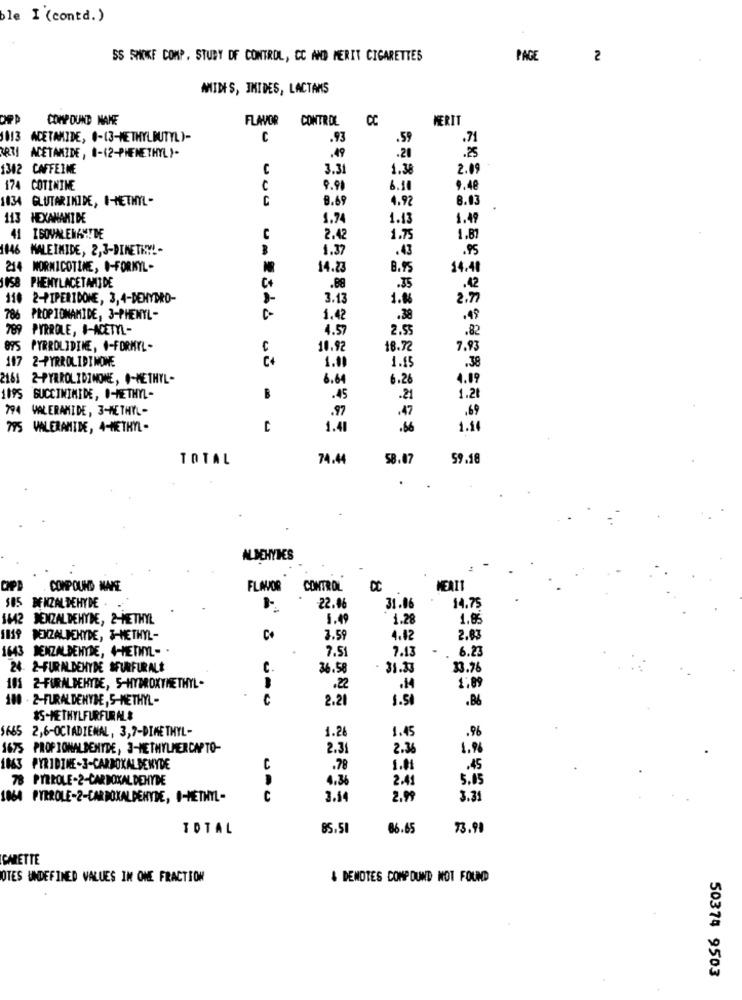
ble I (contd.)
SS SMOKE COMP. STUDY OF CONTROL, CC AND MERIT CIGARETTES
PAGE
2
AIDES, IMIDES, LACTANS
COMP OUND NAME
FLAVOR CONTROL
CC
MERIT
1013
ACETAMIDE, 0-13-METHYLBUTYL)-
C
.93
.59
.71
RTI ACETAMIDE, 0-(2-PHENETHYL)-
.49
.20
.25
1342 CAFFEINE
C
3.3
1.3
2.09
174 COTININE
C
9.90
6.10
9.48
1034 GLUTARINIDE, I-METHYL-
C
B.69
4.9
8.03
113 HEXANAMIDE
1.74
1.12
1.49
C
2.42
1.7
1.87
1146 MALEIMIDE, 2,3-DIMETHY !-
1.37
.43
.95
214 MORNICOTINE, O-FORKYL-
14.23
8.95
14.40
ISB PHENYLACETAMIDE
C+
.88
.35
.42
110 2-PIPERIDONE, 3,4-DEHYDRO-
3.13
1.8
2.7
786 PROPIOMAMIDE, 3-PHENYL-
1.42
.38
.49
789 PYRROLE, #-ACETYL-
4.57
2.5
.82
895 PYRROLIDINE, 4-FORMEL -
10.92
18.72
7.93
147 2-PYRROLIDINOWE
C+
1.00
1.15
.38
2161 2-PYRROLIDINONE, #-METHYL-
6.64
6.26
4.09
1095 BUCCINIMIDE, 0-METHYL-
B
.45
.21
1.21
794 VALERAMIDE, 3-METHYL-
.97
.47
.69
795 VALERAMIDE, 4-METHYL-
C
1.41
.66
1.14
TOTAL
74.44
58.07
59.18
ALDEHYDES
OPD
COMPOUND NAME
FLAVOR CONTROL
MEAIT
585 BENZALDEHYDE .
-22.06
31.06
14.75
1442 BENZALDEHYDE, 2-METHYL
5.49
1.28
1.8
1119 BENZALDEHYDE, 3-METHYL-
Co
3.5
4.12
2.83
1643 BENZALDEHYDE, 4-METHYL- .
7.51
7.13
6.23
24- 2-FURALDEHYDE SFURFURALE
C.
36.58
31.33
33.76
1.89
101 2-FURALDEHYDE, 5-HYDROXYMETHYL-
.22
180 - 2-FURALDEHYDE, S-METHYL -
C
2.21
1.50
.B6
$5-METHYLFURFURALS
5665 2,6-OCTADIENAL, 3,7-DIMETHYL-
1.2
1.45
.96
1675 PROPIONALBENTDE, 3-METHYLMERCAPTO-
2.31
2.36
1.9
1063 PYRIDINE-3-CARBOXALDEHYDE
C
.78
1.01
.45
78 PIRROLE-2-CARBOXALDEHYDE
4.36
2.49
5.05
1864 PYRROLE-2-CARBOXALDEHYDE, I-METHYL-
C
3.14
2.99
3.39
TOTAL
85,51
86.65
73.98
CARETTE
OTES UNDEFINED VALUES IN ONE FRACTION
& DENOTES COMPOUND NOT FOUND
50374 9503